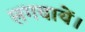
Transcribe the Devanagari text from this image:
लगवायें।